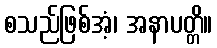
စသည်ဖြစ်အံ့၊ အနာပတ္တိ။